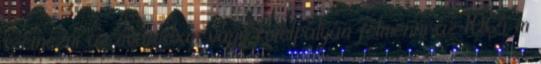
szétnézni az óvárosban vagy kötélpályán felmenni az 1064 m